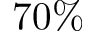
7 0 \%